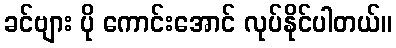
ခင်ဗျား ပို ကောင်းအောင် လုပ်နိုင်ပါတယ်။